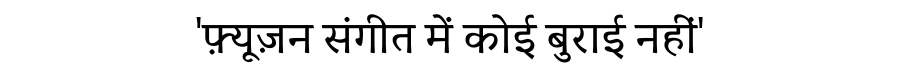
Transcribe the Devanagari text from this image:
'फ़्यूज़न संगीत में कोई बुराई नहीं'